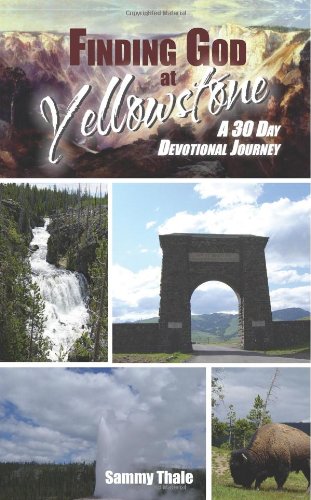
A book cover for Finding God at Yellowstone: A 30 Day Devotional Journey (Daily Devotions from Great Destinations); Sammy Thale; Travel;